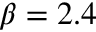
\beta = 2 . 4